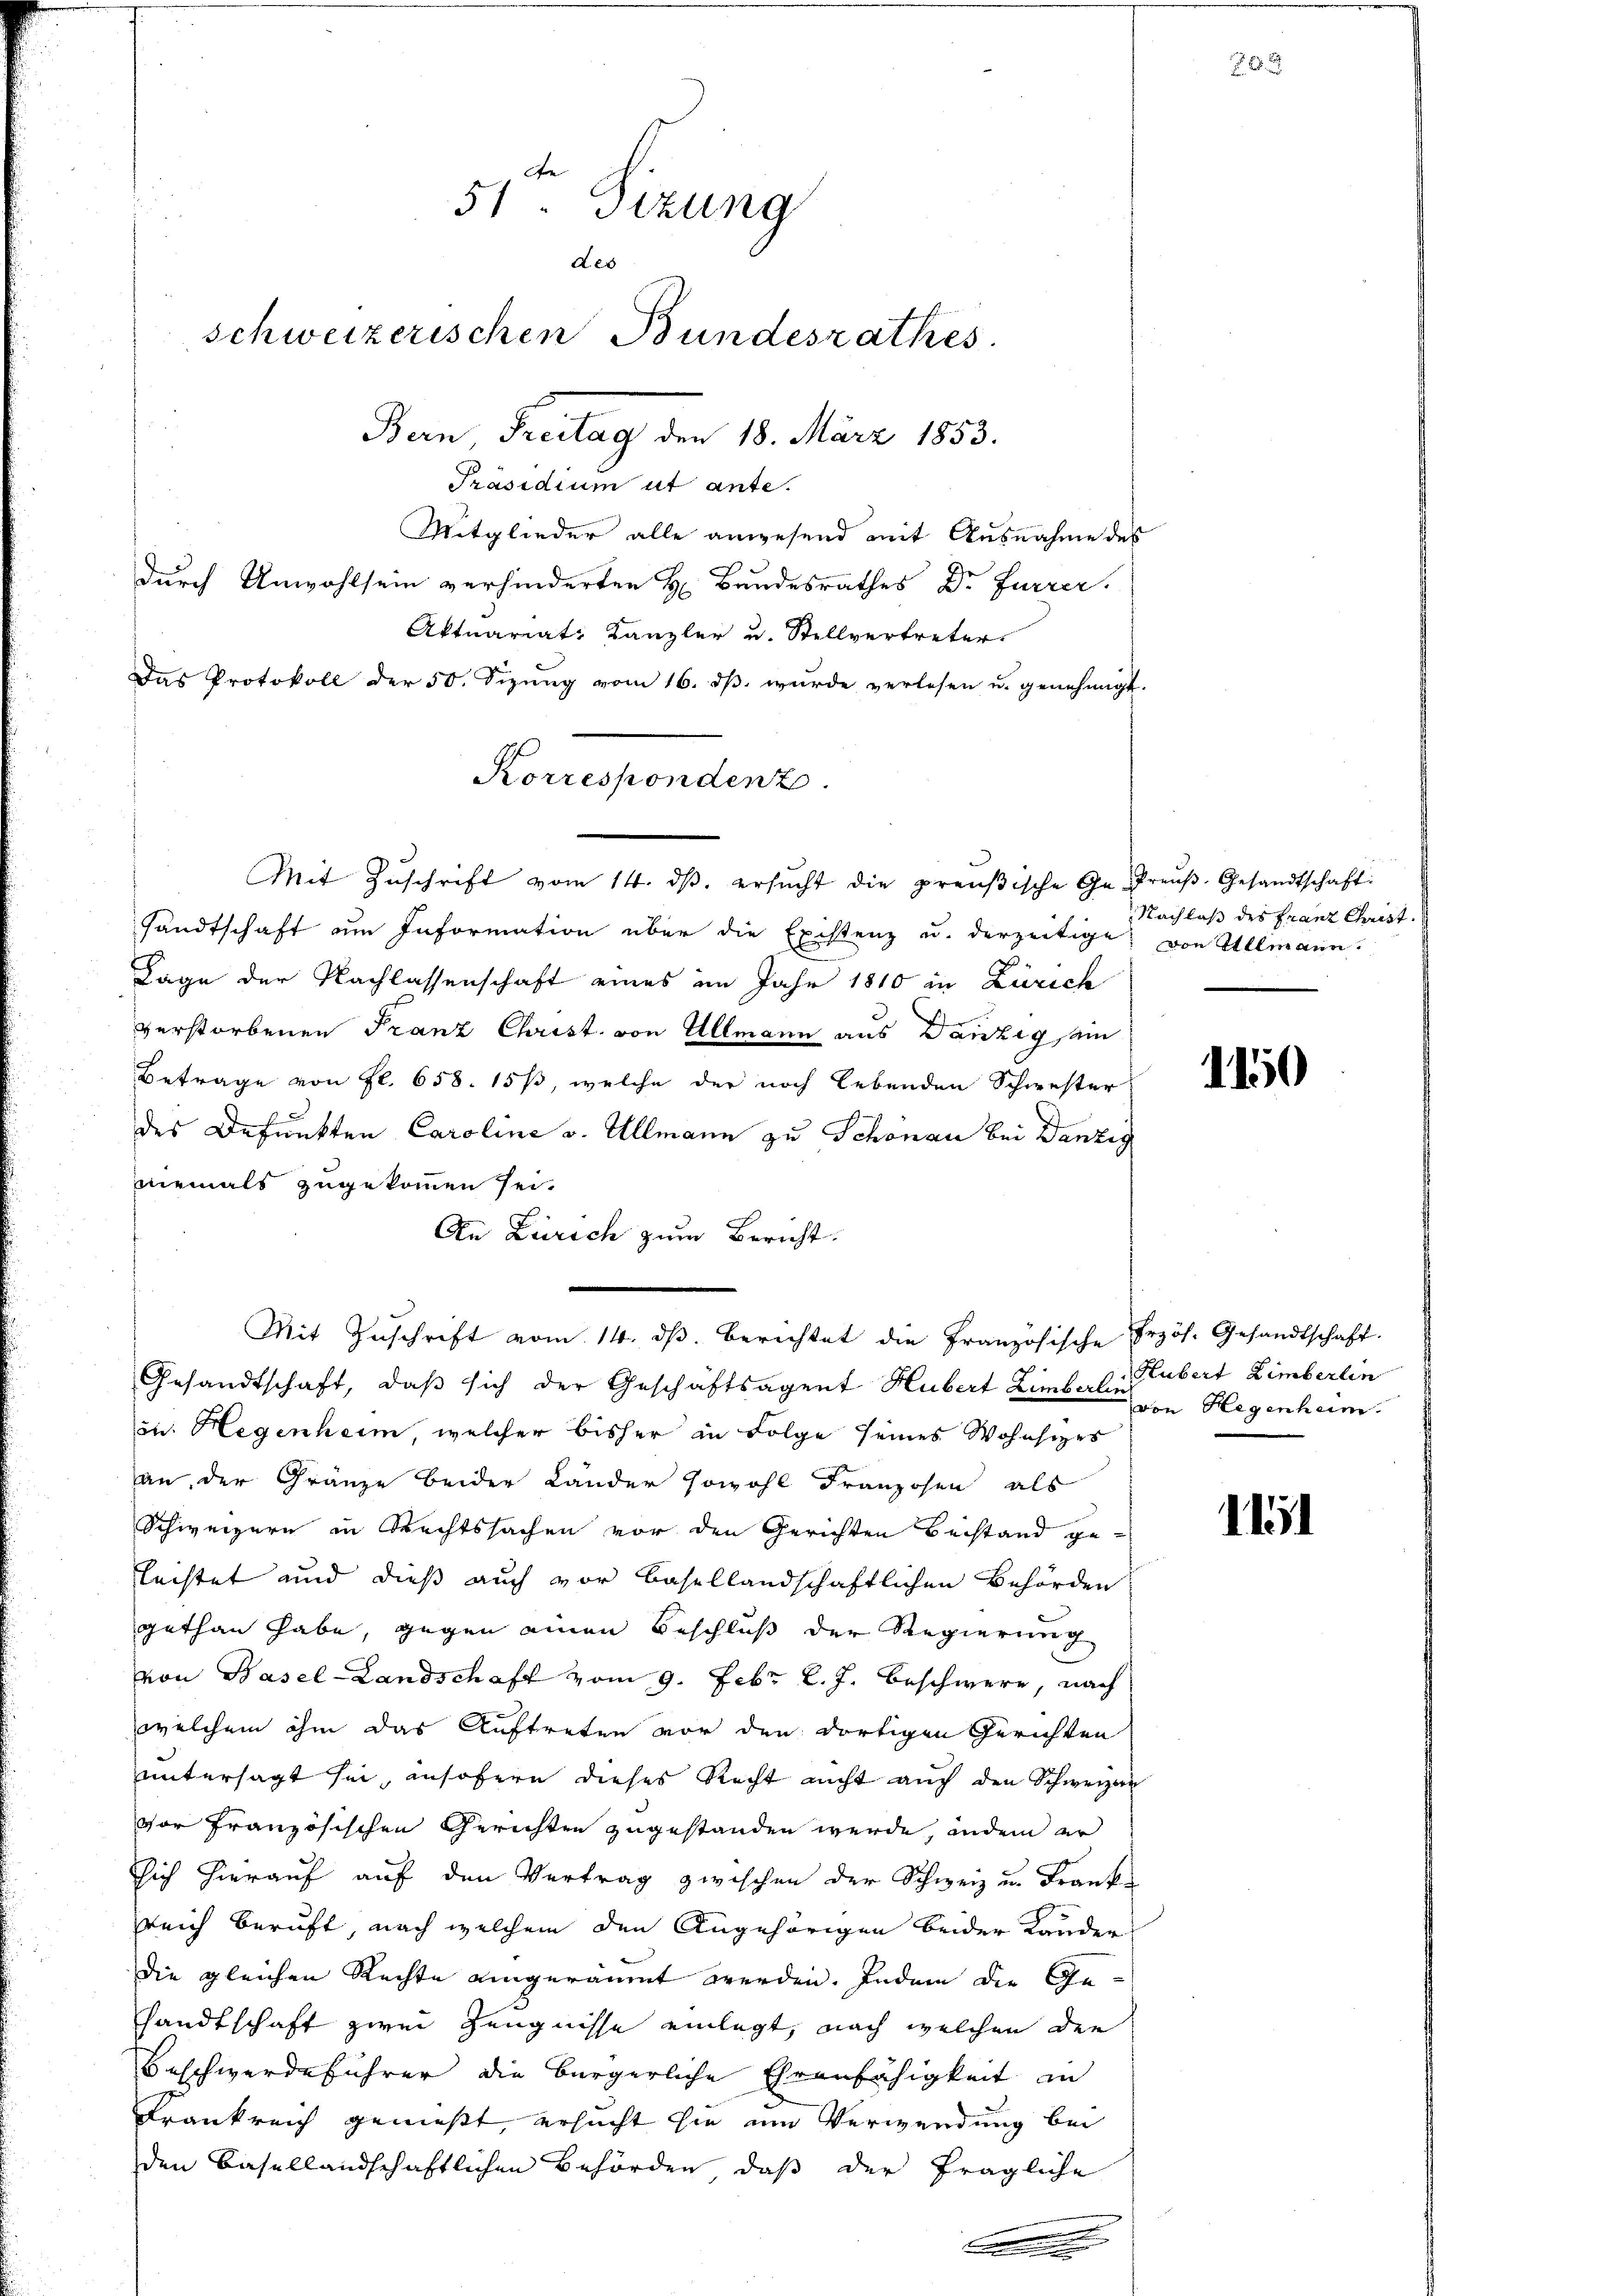
51. Sizung
Aes
schweizerischen Bundesrathes.
Bern, Freitag den 18. März 1853.
Präsidium ut ante.
Mitglieder alle anwesend mit Ausnahme des
durch Unwohlsein verhinderten H. Bandesrathes Dr Furrer.
Aktuariat Kanzler u. Stellvertreter

Das Protokoll der 50. Sizŭng vom 16. dβ. wurde verlesen u. genehmigt.
sandtschaft im Information über die Existenz u. derzeitige von Ullmann.
Tage der Nachlassenschaft eines im Jahr 1810 in Zürich
verstorbenen Franz Christ. von Ullmann aus Danzig sein
Betrage von fl. 658. 15, welche der noch lebenden Schwester
des Befunkten Caroline u. Allmann zu Schonau bei Danzig
niemals zugekommen sei.
An Zürich zum Bericht.
Mit Zŭschrift vom 14. dβ. berichtet die Französische Przös. Gesandtschaft.
Gesandtschaft, daß sich der Geschäftsagent Hubert Limberlin
zu. Hegenheim, welcher bisher in Folge seines Wohnsizes
an, der Gränze beider Länder sowohl Franzosen, als
Schweizern in Rechtssachen vor den Gerichten Beistand ge-
lechtet und dieß auch vor Basellandschaftlichen Behörden
gethan habe, gegen einen Beschluß der Regierung
von Basel-Landschaft vom 9. Febr l. J. beschwere, nach
welchem ihm das Auftreten vor den dortigen Gerichten
untersagt sei, insofern dieses Recht nicht auch den Schweizen
vor französischen Gerichten zugestanden werde, indem er
sich hierauf auf den Vertrag zwischen der Schweiz und Frank
reich beruft, nach welchem den Angehörigen beider Lander
die gleichen Rechte eingeräumt werden. Indem die Gesandtschaft zwei Zeugnisse einlegt, nach welchen den
Beschwerdeführer die bürgerliche Ehrenfähigkeit in
Krankreich genießt, ersucht sie um Verwendung bei
den Basellandschaftlichen Behörden, daß der fragliche
.

Korrespondenz
Mit Zŭschrift vom 14. dβ. ersŭcht die preußische Ge- Preŭβ-Gesandtschaft:

Nachlaß des Franz Christ.

Hubert Zimberlin
von Hegenheim.

28 x

1150

1151